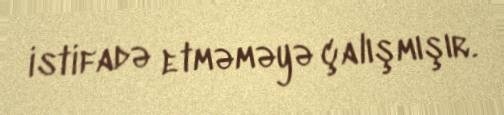
istifadə etməməyə çalışmışır.